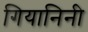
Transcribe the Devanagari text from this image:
गियानिनी